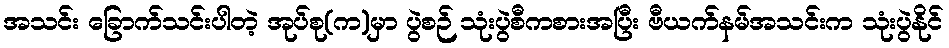
အသင်း ခြောက်သင်းပါတဲ့ အုပ်စု(က)မှာ ပွဲစဉ် သုံးပွဲစီကစားအပြီး ဗီယက်နမ်အသင်းက သုံးပွဲနိုင်